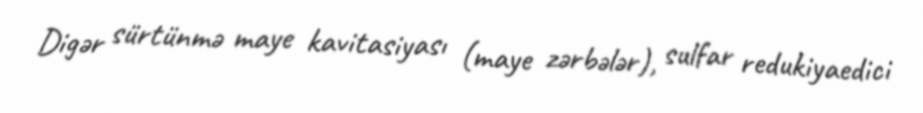
Digər sürtünmə maye kavitasiyası (maye zərbələr), sulfar redukiyaedici